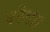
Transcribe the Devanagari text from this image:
परेगा।